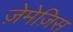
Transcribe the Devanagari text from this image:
ज़ेमेज़िस